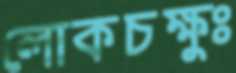
লোকচক্ষুঃ